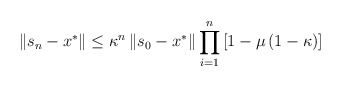
\begin{align*}\left\Vert s_{n}-x^{\ast }\right\Vert \leq \kappa^{n}\left\Vert s_{0}-x^{\ast}\right\Vert \prod_{i=1}^{n}\left[ 1-\mu \left( 1-\kappa\right)\right] \end{align*}